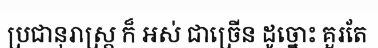
ប្រជានុរាស្ត្រ ក៏ អស់ ជាច្រើន ដូច្នោះ គួរតែ